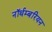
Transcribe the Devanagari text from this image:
नॉर्थम्बरियन